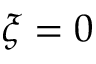
\xi = 0